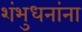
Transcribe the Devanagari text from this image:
शंभुधनांना